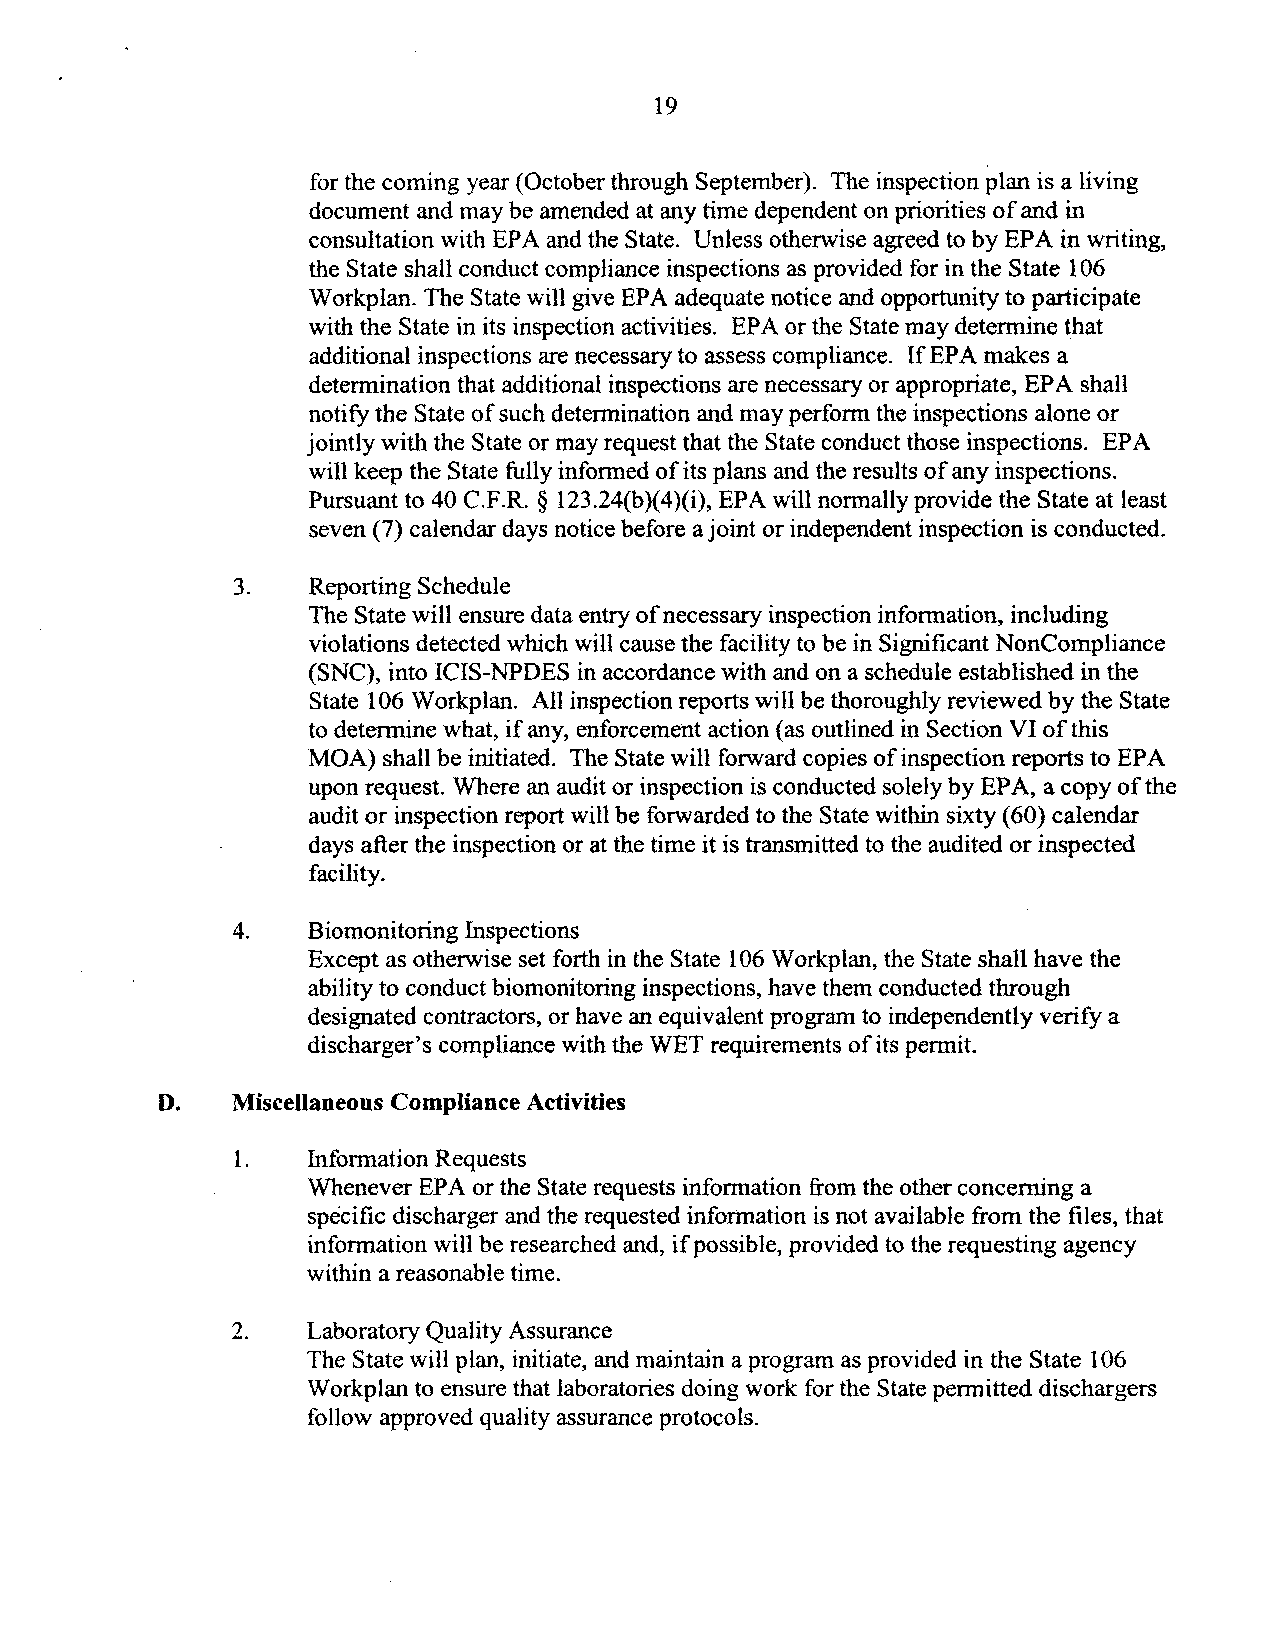
19
 for the coming year (October through September). The inspection plan is a living
 document and may be amended at any time dependent on priorities of and in
 consultation with EPA and the State. Unless otherwise agreed to by EPA in writing,
 the State shall conduct compliance inspections as provided for in the State 106
 Workplan. The State will give EPA adequate notice and opportunity to participate
 with the State in its inspection activities. EPA or the State may determine that
 additional inspections are necessary to assess compliance. If EP A makes a
 determination that additional inspections are necessary or appropriate, EPA shall
 notify the State ofsuch determination and may perform the inspections alone or
 jointly with the State or may request that the State conduct those inspections. EPA
 will keep the State fully informed of its plans and the results of any inspections.
 Pursuant to 40 C.F.R. § 123.24(b)(4)(i), EPA will normally provide the State at least
 seven (7) calendar days notice before a joint or independent inspection is conducted.
 3.   Reporting Schedule
 The State will ensure data entry ofnecessary inspection information, including
 violations detected which will cause the facility to be in Significant NonCompliance
 (SNC), into ICIS-NPDES in accordance with and on a schedule established in the
 State 106 Workplan. All inspection reports will be thoroughly reviewed by the State
 to determine what, if any, enforcement action (as outlined in Section VI ofthis
 MOA) shall be initiated. The State will forward copies of inspection reports to EPA
 upon request. Where an audit or inspection is conducted solely by EPA, a copy ofthe
 audit or inspection report will be forwarded to the State within sixty (60) calendar
 days after the inspection or at the time it is transmitted to the audited or inspected
 facility.
 4.   Biomonitoring Inspections
 Except as otherwise set forth in the State 106 Workplan, the State shall have the
 ability to conduct biomonitoring inspections, have them conducted through
 designated contractors, or have an equivalent program to independently verify a
 discharger's compliance with the WET requirements ofits permit.
 D.   Miscellaneous Compliance Activities
 1.   Information Requests
 Whenever EPA or the State requests information from the other concerning a
 specific discharger and the requested information is not available from the files, that
 information will be researched and, ifpossible, provided to the requesting agency
 within a reasonable time.
 2.   Laboratory Quality Assurance
 The State will plan, initiate, and maintain a program as provided in the State 106
 Workplan to ensure that laboratories doing work for the State permitted dischargers
 follow approved quality assurance protocols.